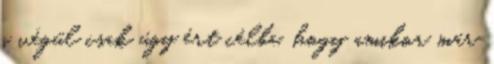
s végül csak úgy ért célba, hogy amikor már